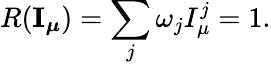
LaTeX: R({\mathbf I_{\boldsymbol\mu}})=\sum_{j}\omega_{j}I_{\mu}^{j}=1.